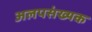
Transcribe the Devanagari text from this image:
अलपसंख्यक